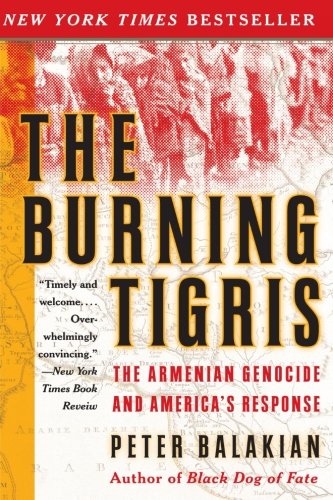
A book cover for The Burning Tigris: The Armenian Genocide and America's Response; Peter Balakian; Law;